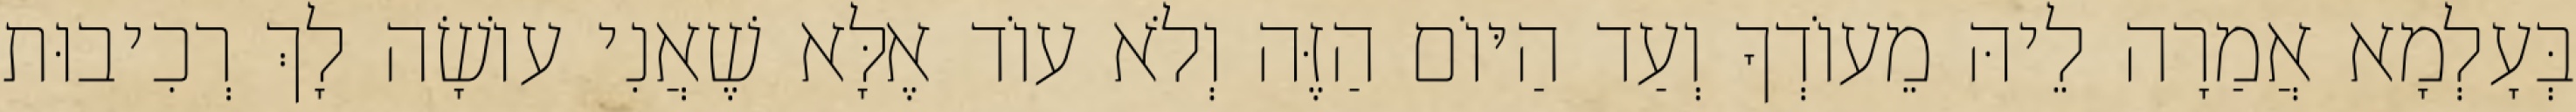
בְּעָלְמָא אֲמַרָה לֵיהּ מֵעוֹדְךָ וְעַד הַיּוֹם הַזֶּה וְלֹא עוֹד אֶלָּא שֶׁאֲנִי עוֹשָׂה לָךְ רְכִיבוּת